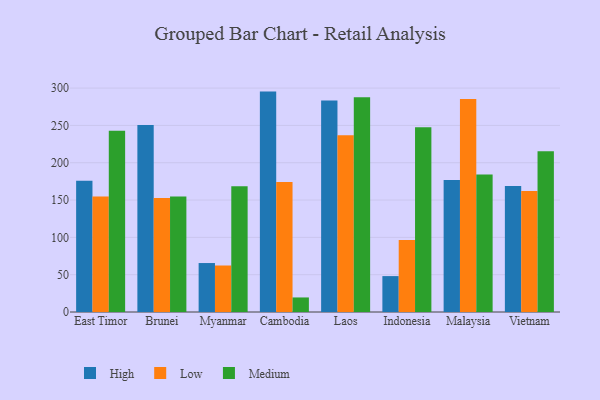
{"axis": {"x": "Country", "y": "Bounce Rate (%)"}, "legend": ["High", "Low", "Medium"], "data": [{"x": "East Timor", "y": 176.0, "type": "High"}, {"x": "East Timor", "y": 154.9, "type": "Low"}, {"x": "East Timor", "y": 242.7, "type": "Medium"}, {"x": "Brunei", "y": 250.6, "type": "High"}, {"x": "Brunei", "y": 152.9, "type": "Low"}, {"x": "Brunei", "y": 154.8, "type": "Medium"}, {"x": "Myanmar", "y": 65.6, "type": "High"}, {"x": "Myanmar", "y": 62.3, "type": "Low"}, {"x": "Myanmar", "y": 168.6, "type": "Medium"}, {"x": "Cambodia", "y": 295.3, "type": "High"}, {"x": "Cambodia", "y": 174.1, "type": "Low"}, {"x": "Cambodia", "y": 19.5, "type": "Medium"}, {"x": "Laos", "y": 283.3, "type": "High"}, {"x": "Laos", "y": 236.9, "type": "Low"}, {"x": "Laos", "y": 287.6, "type": "Medium"}, {"x": "Indonesia", "y": 48.1, "type": "High"}, {"x": "Indonesia", "y": 96.5, "type": "Low"}, {"x": "Indonesia", "y": 247.7, "type": "Medium"}, {"x": "Malaysia", "y": 176.7, "type": "High"}, {"x": "Malaysia", "y": 285.5, "type": "Low"}, {"x": "Malaysia", "y": 184.2, "type": "Medium"}, {"x": "Vietnam", "y": 168.9, "type": "High"}, {"x": "Vietnam", "y": 162.0, "type": "Low"}, {"x": "Vietnam", "y": 215.3, "type": "Medium"}]}